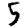
Digit: 5